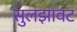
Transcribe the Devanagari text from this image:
सुलझावट